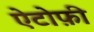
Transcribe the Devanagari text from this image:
ऐटोफ़ी